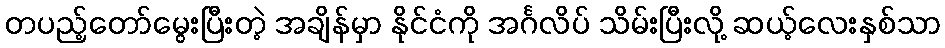
တပည့်တော်မွေးပြီးတဲ့ အချိန်မှာ နိုင်ငံကို အင်္ဂလိပ် သိမ်းပြီးလို့ ဆယ့်လေးနှစ်သာ